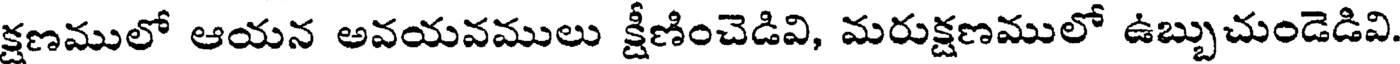
క్షణములో ఆయన అవయవములు క్షీణించెడివి, మరుక్షణములో ఉబ్బుచుండెడివి